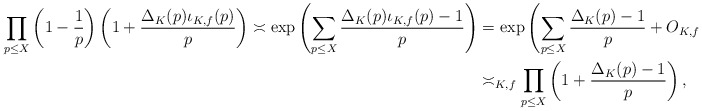
\begin{align*}\prod_{p \leq X} \left(1-\frac{1}{p}\right)\left(1+\frac{\Delta_K(p)\iota_{K,f}(p)}{p}\right) \asymp \exp\left(\sum_{p \leq X} \frac{\Delta_K(p)\iota_{K,f}(p)-1}{p}\right) &= \exp\left(\sum_{p \leq X} \frac{\Delta_K(p)-1}{p} + O_{K,f}(1)\right) \\&\asymp_{K,f} \prod_{p \leq X} \left(1+\frac{\Delta_K(p)-1}{p}\right),\end{align*}